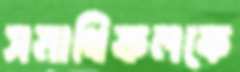
সমাধিফলকে